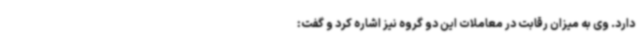
دارد. وی به میزان رقابت در معاملات این دو گروه نیز اشاره کرد و گفت: